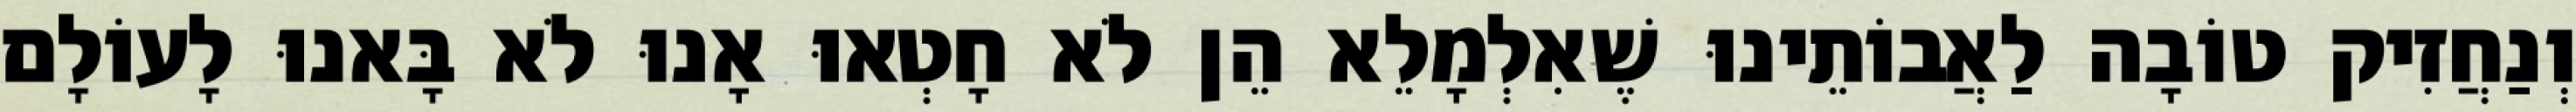
וְנַחֲזִיק טוֹבָה לַאֲבוֹתֵינוּ שֶׁאִלְמָלֵא הֵן לֹא חָטְאוּ אָנוּ לֹא בָּאנוּ לָעוֹלָם